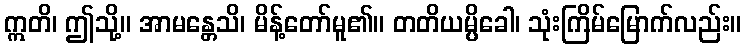
ဣတိ၊ ဤသို့။ အာမန္တေသိ၊ မိန့်တော်မူ၏။ တတိယမ္ပိခေါ၊ သုံးကြိမ်မြောက်လည်း။